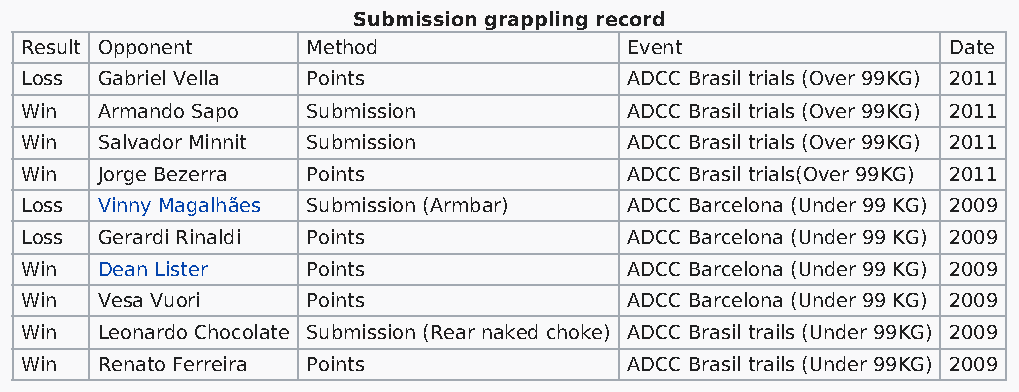
Submission grappling record
 Result Opponent    Method                Event                Date
 Loss Gabriel Vella Points                ADCC Brasil trials (Over 99KG) 2011
 Win  Armando Sapo  Submission            ADCC Brasil trials (Over 99KG) 2011
 Win  Salvador Minnit Submission          ADCC Brasil trials (Over 99KG) 2011
 Win  Jorge Bezerra Points                ADCC Brasil trials(Over 99KG) 2011
 Loss Vinny Magalhães Submission (Armbar) ADCC Barcelona (Under 99 KG) 2009
 Loss Gerardi Rinaldi Points              ADCC Barcelona (Under 99 KG) 2009
 Win  Dean Lister   Points                ADCC Barcelona (Under 99 KG) 2009
 Win  Vesa Vuori    Points                ADCC Barcelona (Under 99 KG) 2009
 Win  Leonardo Chocolate Submission (Rear naked choke) ADCC Brasil trails (Under 99KG) 2009
 Win  Renato Ferreira Points              ADCC Brasil trails (Under 99KG) 2009